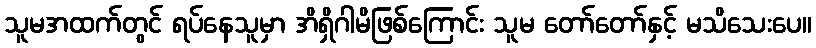
သူမအထက်တွင် ရပ်နေသူမှာ အိရှိဂါမိဖြစ်ကြောင်း သူမ တော်တော်နှင့် မသိသေးပေ။